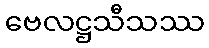
ဗေလဋ္ဌသီသဿ